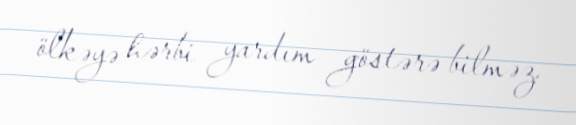
ölkəyə hərbi yardım göstərə bilməz.